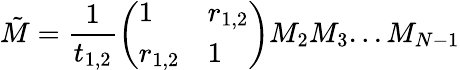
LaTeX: \tilde{M}=\frac{1}{t_{1,2}}\left(\begin{array}{ll}{1}&{r_{1,2}}\\ {r_{1,2}}&{1}\end{array}\right)M_{2}M_{3}...M_{N-1}